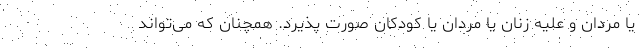
یا مردان و علیه زنان یا مردان یا کودکان صورت پذیرد. همچنان که می‌تواند